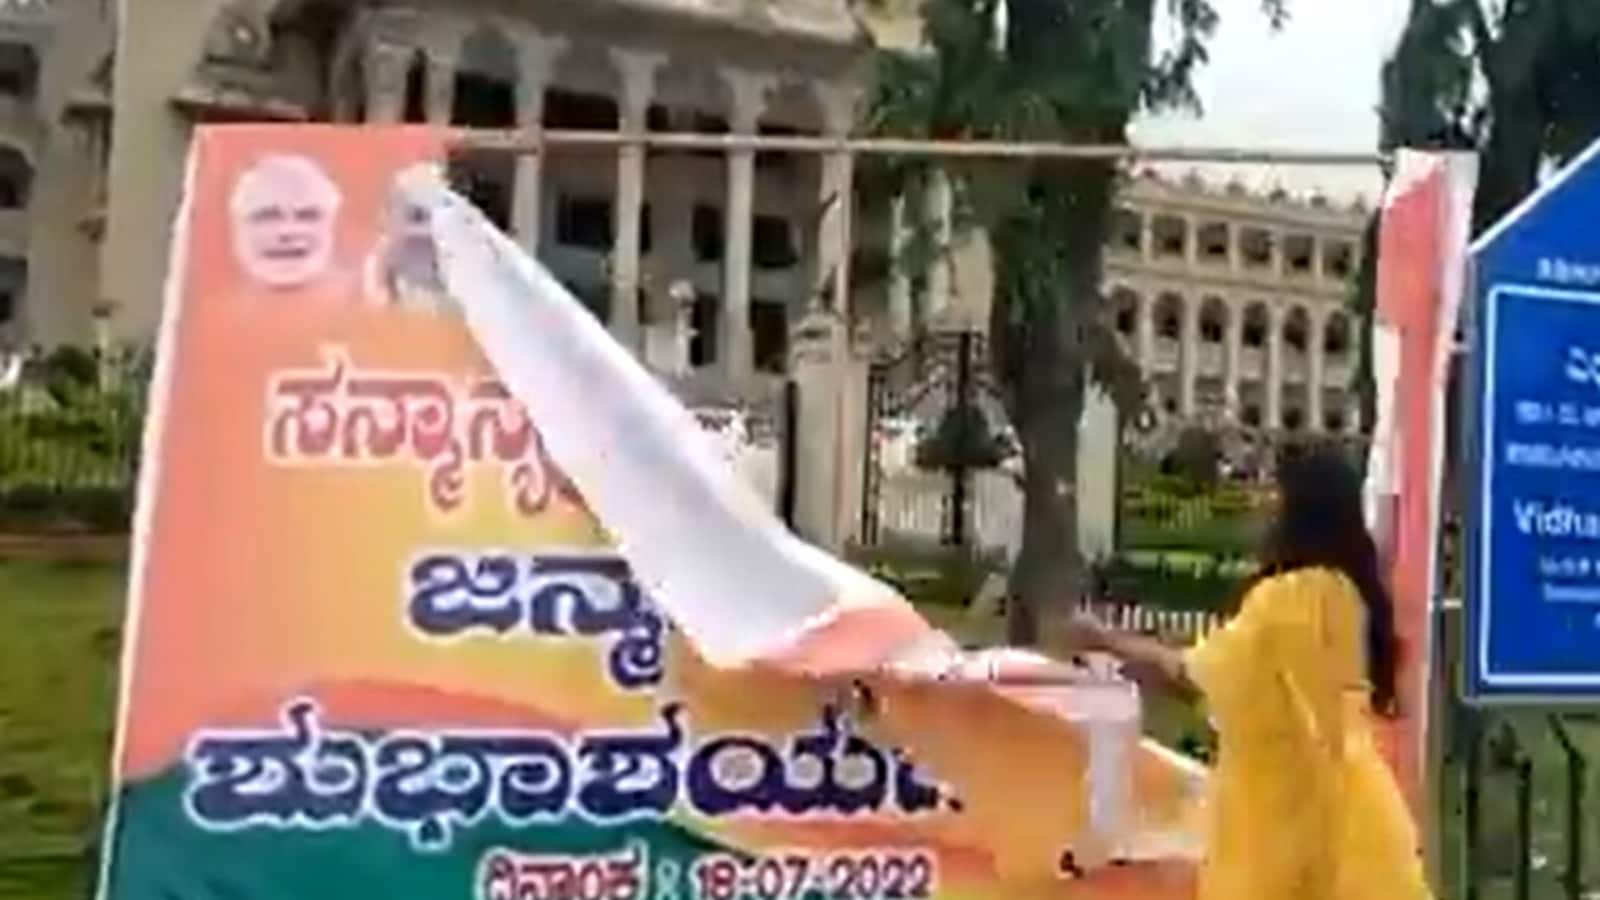
Language: kannada
Transcription: ಶುಭಾಶಯ